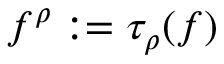
f ^ { \boldsymbol \rho } : = \tau _ { \boldsymbol \rho } ( f )